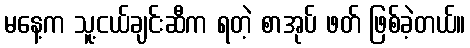
မနေ့က သူ့ငယ်ချင်းဆီက ရတဲ့ စာအုပ် ဖတ် ဖြစ်ခဲ့တယ်။